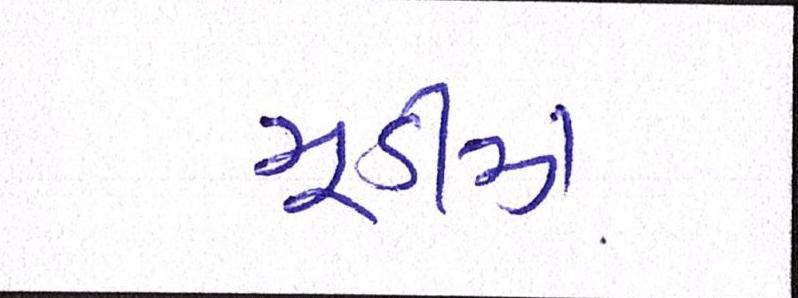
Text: મૂડીઝે